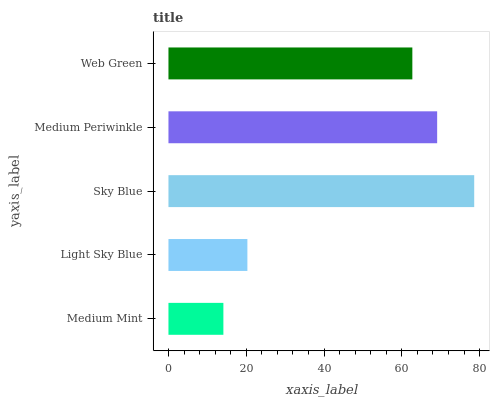
| yaxis_label | bars |
 | --- | --- |
 | Medium Mint | 14.1 |
 | Light Sky Blue | 20.3 |
 | Sky Blue | 78.6 |
 | Medium Periwinkle | 69.1 |
 | Web Green | 62.7 |